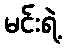
မင်းရဲ့